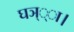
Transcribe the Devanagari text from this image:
घञ््‌ा।